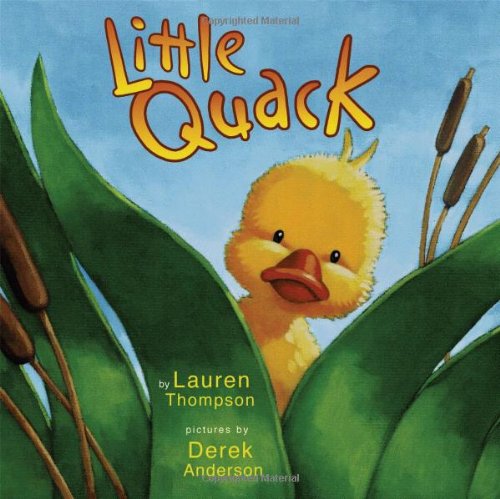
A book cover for Little Quack (Classic Board Books); Lauren Thompson; Children's Books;